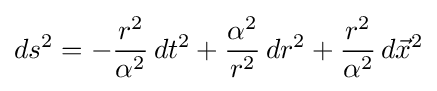
ds^{2}=-{\frac {r^{2}}{\alpha ^{2}}}\,dt^{2}+{\frac {\alpha ^{2}}{r^{2}}}\,dr^{2}+{\frac {r^{2}}{\alpha ^{2}}}\,d{\vec {x}}^{2}